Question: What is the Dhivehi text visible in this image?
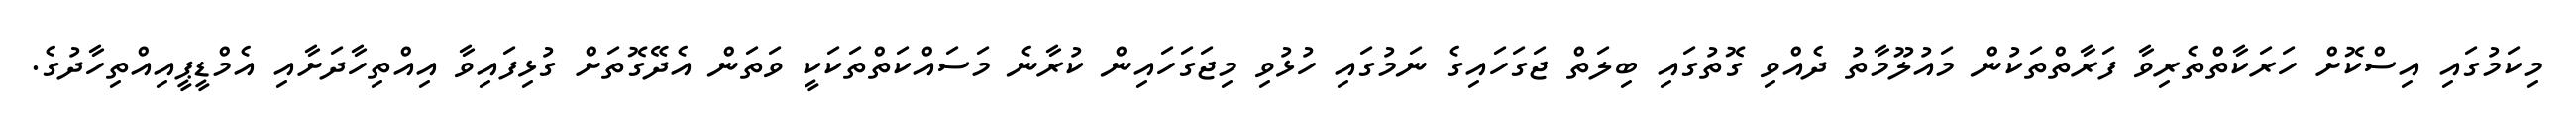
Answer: މިކަމުގައި އިސްކޮށް ހަރަކާތްތެރިވާ ފަރާތްތަކުން މައުލޫމާތު ދެއްވި ގޮތުގައި ބިލަތް ޖަގަހައިގެ ނަމުގައި ހުޅުވި މިޖަގަހައިން ކުރާނެ މަސައްކަތްތަކަކީ ވަތަން އެދޭގޮތަށް ގުޅިފައިވާ އިއްތިހާދަށާއި އެމްޑީޕީއިއްތިހާދުގެ.